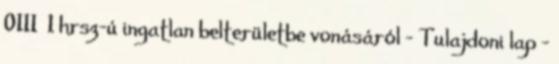
0111 1 hrsz-ú ingatlan belterületbe vonásáról - Tulajdoni lap -